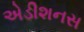
એડીશનસ